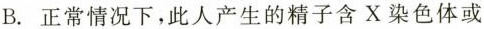
B. 正常情况下，此人产生的精子含X染色体或